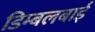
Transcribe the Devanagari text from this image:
डिम्बलबाई